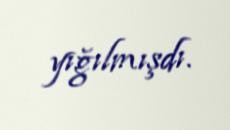
yığılmışdı.